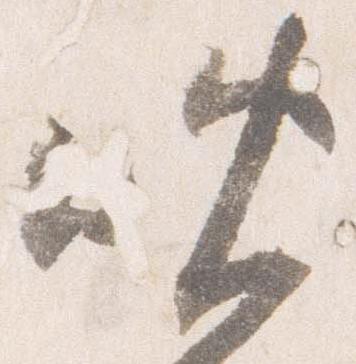
晩